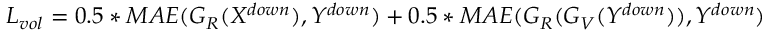
L _ { v o l } = 0 . 5 * M A E ( G _ { R } ( X ^ { d o w n } ) , Y ^ { d o w n } ) + 0 . 5 * M A E ( G _ { R } ( G _ { V } ( Y ^ { d o w n } ) ) , Y ^ { d o w n } )